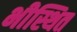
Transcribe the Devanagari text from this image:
भीस्थित